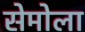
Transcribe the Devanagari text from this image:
सेमोला